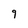
Character: 9